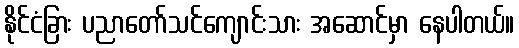
နိုင်ငံခြား ပညာတော်သင်ကျောင်းသား အဆောင်မှာ နေပါတယ်။